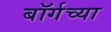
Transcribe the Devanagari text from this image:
बॉर्गच्या